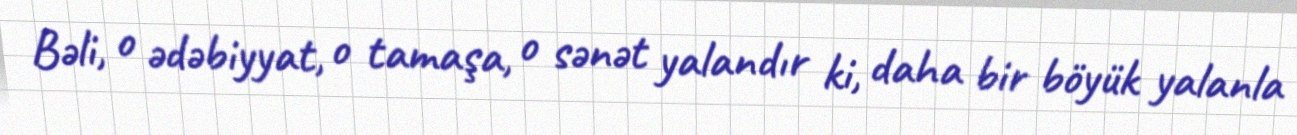
Bəli, o ədəbiyyat, o tamaşa, o sənət yalandır ki, daha bir böyük yalanla